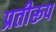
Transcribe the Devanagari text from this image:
प्रतीरूप